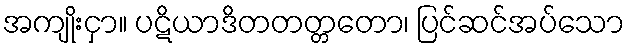
အကျိုးငှာ။ ပဋိယာဒိတတတ္တတော၊ ပြင်ဆင်အပ်သော